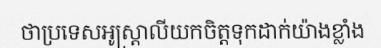
ថាប្រទេសអូស្ត្រាលីយកចិត្តទុកដាក់យ៉ាងខ្លាំង